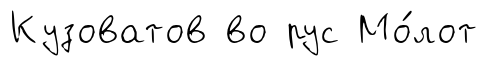
Кузоватов во рус Мо́лот